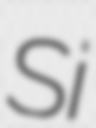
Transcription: Si